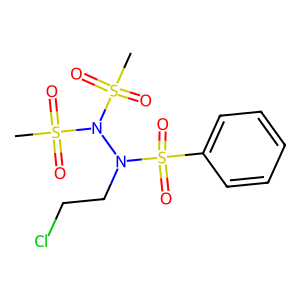
SMILES: CS(=O)(=O)N(N(CCCl)S(=O)(=O)c1ccccc1)S(C)(=O)=O
Inhibits HIV replication: No